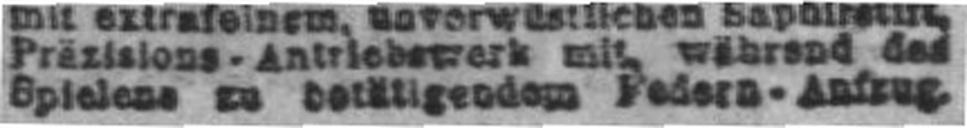
Spielens zu betätigendem Federn - Aufrug.